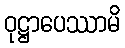
ဝုဋ္ဌာပေဿာမိ